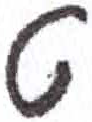
אות: ט